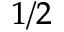
_ { 1 / 2 }